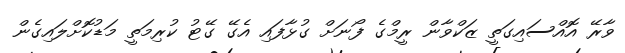
ވާރޭ އޮއްސައިގަތީ ޒަކްވާން ރީމްގެ ފޯނަށް ގުޅާފައި އެގޭ ގޭޓު ކުރިމަތީ މަޑުކޮށްލައިގެން